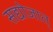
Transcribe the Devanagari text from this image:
सद्योजात्